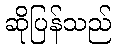
ဆိုပြန်သည်